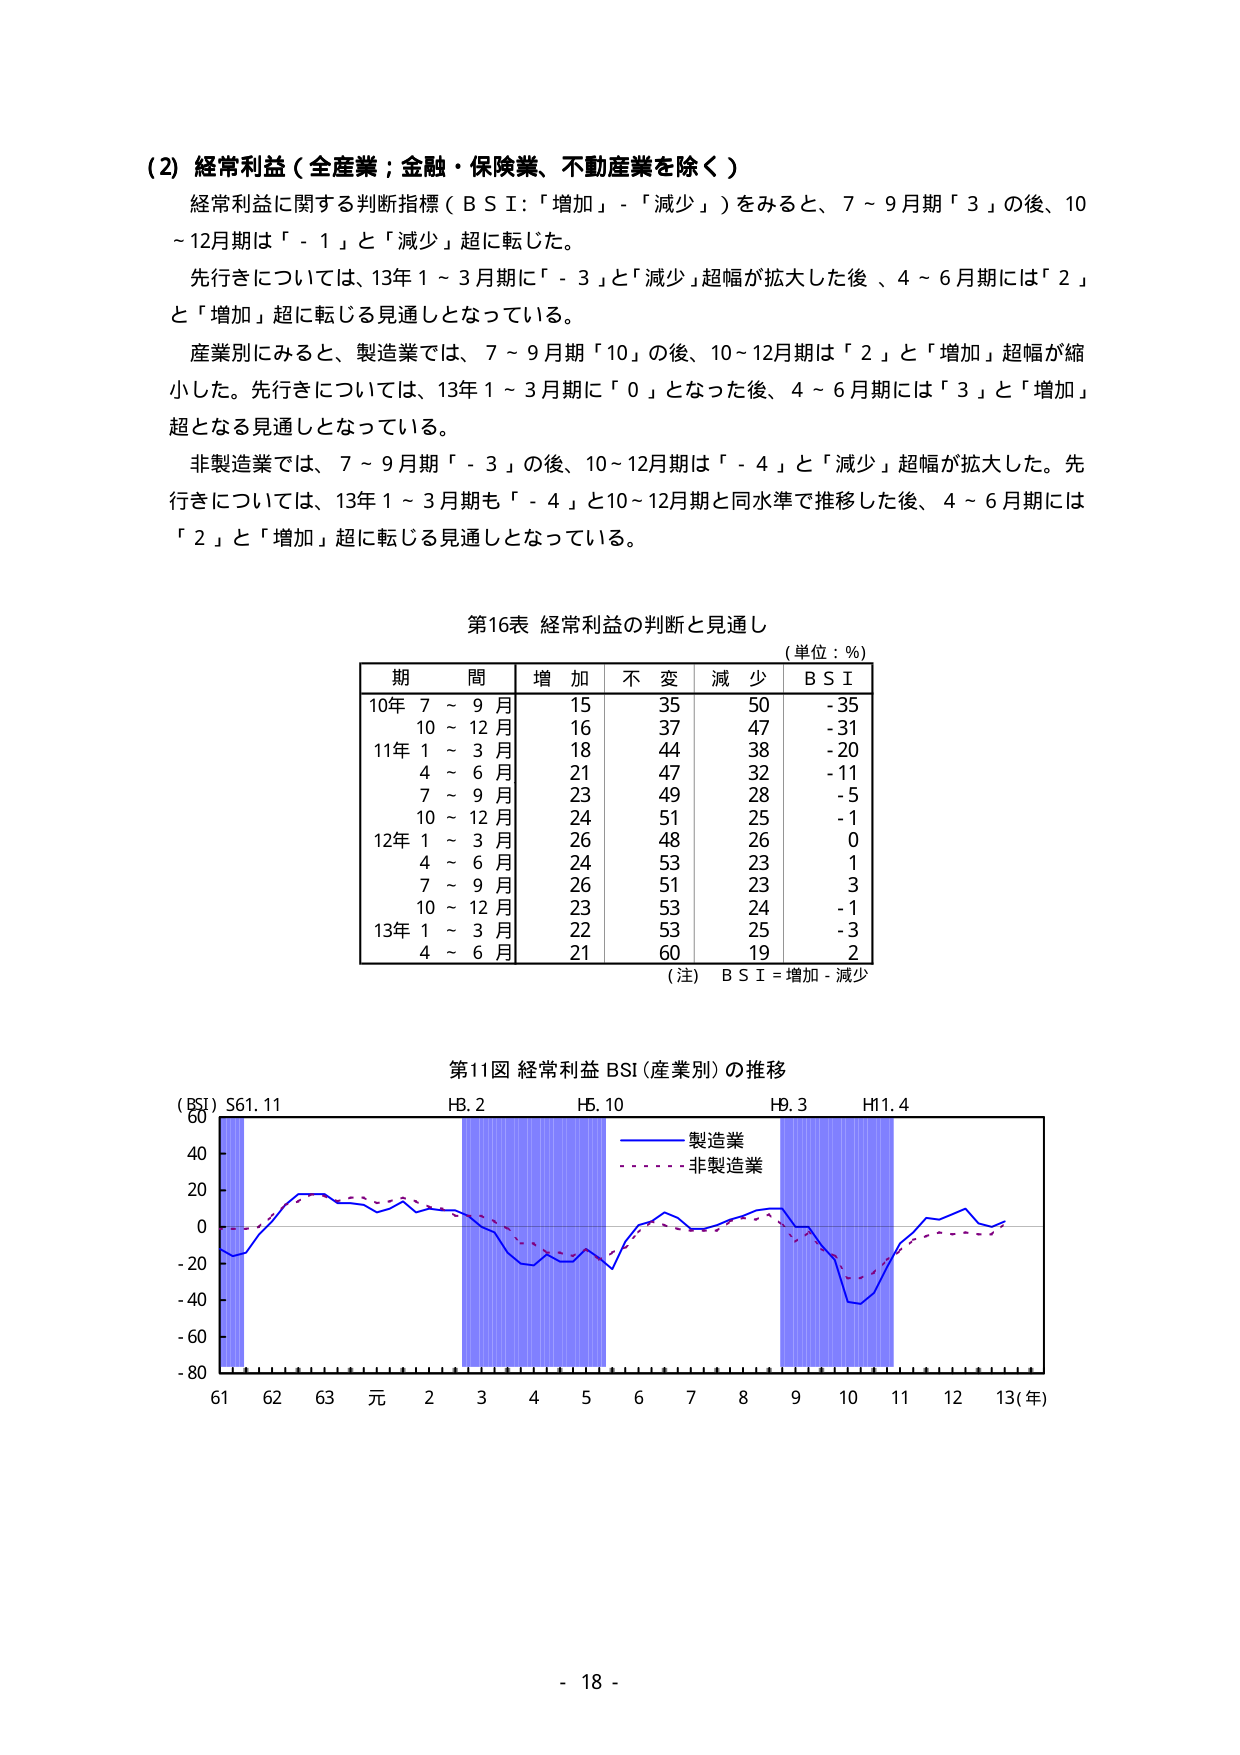
(2) 経常利益（全産業；金融・保険業、不動産業を除く）

経常利益に関する判断指標（ＢＳＩ：「増加」－「減少」）をみると、7～9月期「3」の後、10～12月期は「-1」と「減少」超に転じた。

先行きについては、13年1～3月期に「-3」と「減少」超幅が拡大した後、4～6月期には「2」と「増加」超に転じる見通しとなっている。

産業別にみると、製造業では、7～9月期「10」の後、10～12月期は「2」と「増加」超幅が縮小した。先行きについては、13年1～3月期に「0」となった後、4～6月期には「3」と「増加」超となる見通しとなっている。

非製造業では、7～9月期「-3」の後、10～12月期は「-4」と「減少」超幅が拡大した。先行きについては、13年1～3月期も「-4」と10～12月期と同水準で推移した後、4～6月期には「2」と「増加」超に転じる見通しとなっている。

第16表 経常利益の判断と見通し
（単位：％）

期間　増加　不変　減少　ＢＳＩ
10年 7～9月　15　35　50　-35
　　 10～12月　16　37　47　-31
11年 1～3月　18　44　38　-20
　　 4～6月　21　47　32　-11
　　 7～9月　23　49　28　-5
　　 10～12月　24　51　25　-1
12年 1～3月　26　48　26　0
　　 4～6月　24　53　23　1
　　 7～9月　26　51　23　3
　　 10～12月　23　53　24　-1
13年 1～3月　22　53　25　-3
　　 4～6月　21　60　19　2

（注）ＢＳＩ＝増加－減少

第11図 経常利益 BSI（産業別）の推移

（BSI）S61.11　H8.2　H5.10　H9.3　H11.4

60
40
20
0
-20
-40
-60
-80